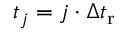
t _ { j } = j \cdot \Delta t _ { \mathrm { r } }